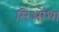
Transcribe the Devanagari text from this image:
सिओंधा